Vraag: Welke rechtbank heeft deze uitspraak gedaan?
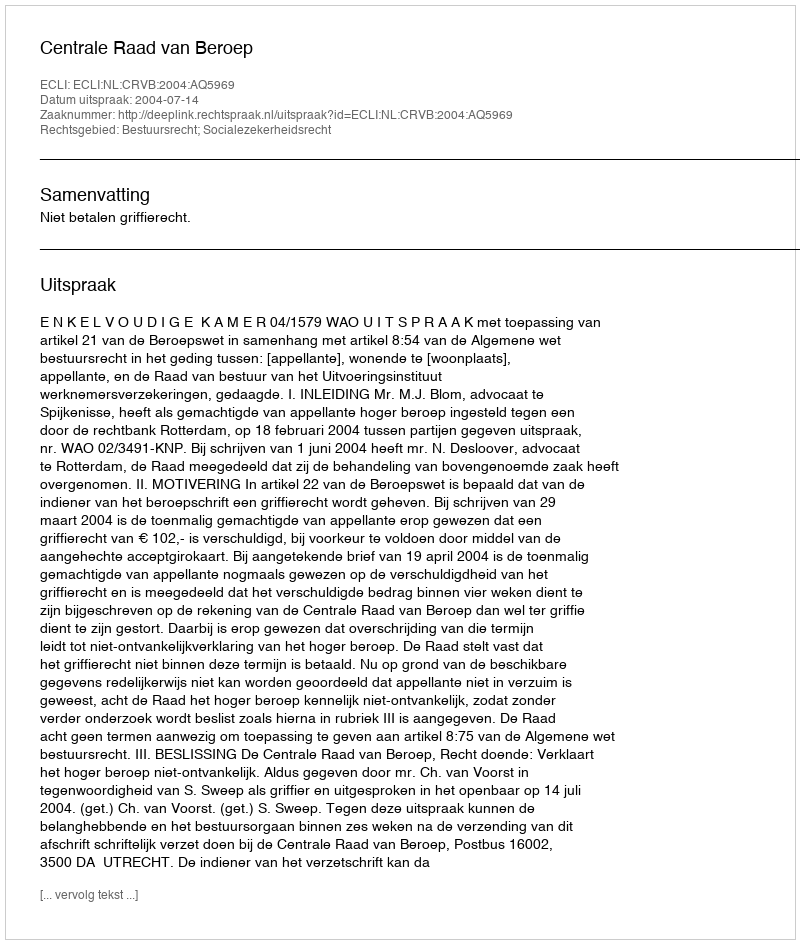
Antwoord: Centrale Raad van Beroep